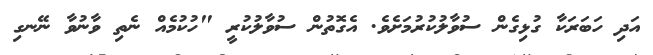
އަދި ހަބަރަކާ ގުޅިގެން ސުވާލުކުރުމަށެވެ. އެގޮތުން ސުވާލުކުރީ "ހުކުމެއް ނެތި ވާނުވާ ނޭނގި